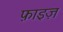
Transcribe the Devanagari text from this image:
फ़ाइज़